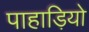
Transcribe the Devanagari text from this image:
पाहाड़ियो